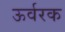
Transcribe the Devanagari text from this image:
ऊर्वरक